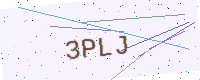
Text: 3PLJ